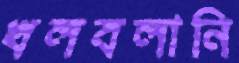
খলবলানি